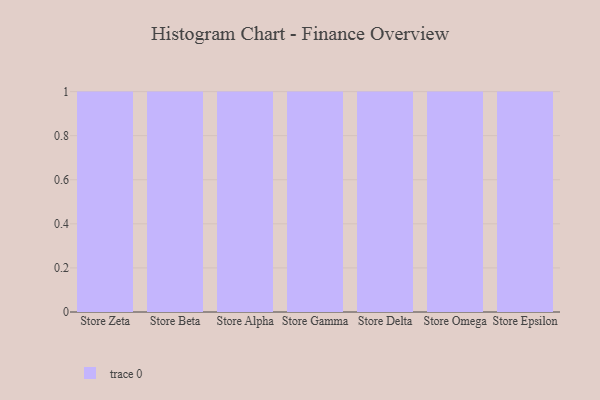
{"axis": {"x": "Store", "y": "Tickets Resolved"}, "legend": [""], "data": [{"x": "Store Zeta", "y": 63, "type": ""}, {"x": "Store Beta", "y": 79, "type": ""}, {"x": "Store Alpha", "y": 40, "type": ""}, {"x": "Store Gamma", "y": 82, "type": ""}, {"x": "Store Delta", "y": 89, "type": ""}, {"x": "Store Omega", "y": 30, "type": ""}, {"x": "Store Epsilon", "y": 8, "type": ""}]}